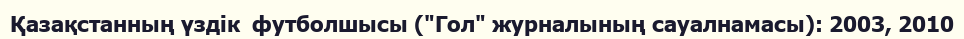
Қазақстанның үздік  футболшысы ("Гол" журналының сауалнамасы): 2003, 2010